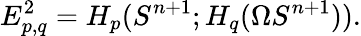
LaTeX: E_{p,q}^{2}=H_{p}(S^{n+1};H_{q}(\Omega S^{n+1})).